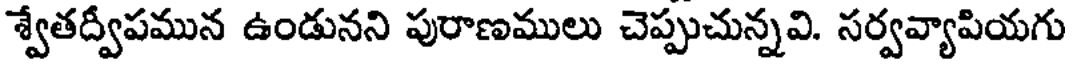
శ్వేతద్వీపమున ఉండునని పురాణములు చెప్పుచున్నవి. సర్వవ్యాపియగు